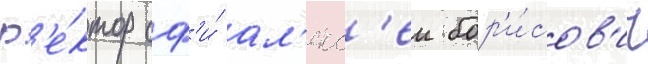
Р'е́ктор сф'и́ ал'екс'еи бор'и́сов'ич